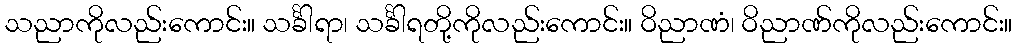
သညာကိုလည်းကောင်း။ သင်္ခါရာ၊ သင်္ခါရတို့ကိုလည်းကောင်း။ ဝိညာဏံ၊ ဝိညာဏ်ကိုလည်းကောင်း။